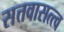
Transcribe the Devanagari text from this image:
सत्तवासत्त्व